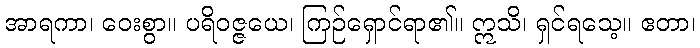
အာရကာ၊ ဝေးစွာ။ ပရိဝဇ္ဇယေ၊ ကြဉ်ရှောင်ရာ၏။ ဣသိ၊ ရှင်ရသေ့။ ဧတာ၊